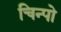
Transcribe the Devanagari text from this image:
चिन्पो